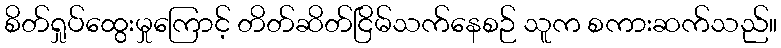
စိတ်ရှုပ်ထွေးမှုကြောင့် တိတ်ဆိတ်ငြိမ်သက်နေစဉ် သူက စကားဆက်သည်။